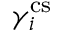
\gamma _ { i } ^ { \mathrm { c s } }